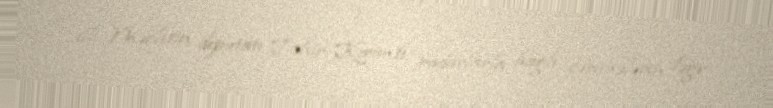
illi Məclisin deputatı Tahir Kərimli radarlarla bağlı cərimələrin ləğv